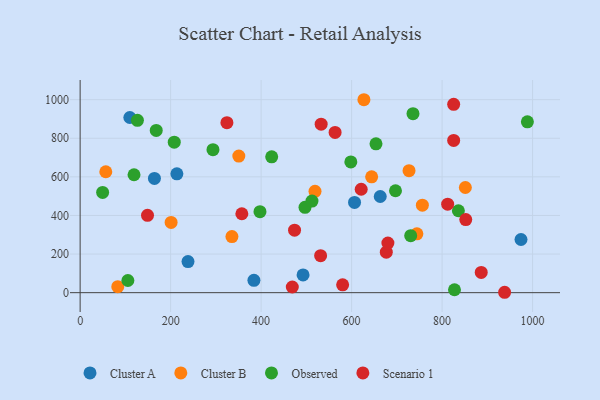
{"axis": {"x": "Engine Size", "y": "Demand"}, "legend": ["Cluster A", "Cluster B", "Observed", "Scenario 1"], "data": [{"x": "606.5", "y": 467.5, "type": "Cluster A"}, {"x": "213.8", "y": 615.6, "type": "Cluster A"}, {"x": "164.2", "y": 591.6, "type": "Cluster A"}, {"x": "663.3", "y": 498.2, "type": "Cluster A"}, {"x": "974.4", "y": 275.5, "type": "Cluster A"}, {"x": "109.8", "y": 907.4, "type": "Cluster A"}, {"x": "384.1", "y": 63.9, "type": "Cluster A"}, {"x": "238.4", "y": 161.1, "type": "Cluster A"}, {"x": "492.7", "y": 91.9, "type": "Cluster A"}, {"x": "56.7", "y": 626.4, "type": "Cluster B"}, {"x": "726.9", "y": 631.9, "type": "Cluster B"}, {"x": "83.2", "y": 31.1, "type": "Cluster B"}, {"x": "627.2", "y": 999.6, "type": "Cluster B"}, {"x": "756.4", "y": 453.5, "type": "Cluster B"}, {"x": "335.5", "y": 290.6, "type": "Cluster B"}, {"x": "350.7", "y": 707.8, "type": "Cluster B"}, {"x": "519.1", "y": 525.0, "type": "Cluster B"}, {"x": "744.3", "y": 304.7, "type": "Cluster B"}, {"x": "851.4", "y": 544.8, "type": "Cluster B"}, {"x": "644.3", "y": 600.3, "type": "Cluster B"}, {"x": "201.1", "y": 363.7, "type": "Cluster B"}, {"x": "208.0", "y": 779.6, "type": "Observed"}, {"x": "126.6", "y": 893.0, "type": "Observed"}, {"x": "49.7", "y": 519.3, "type": "Observed"}, {"x": "105.5", "y": 63.1, "type": "Observed"}, {"x": "730.6", "y": 295.2, "type": "Observed"}, {"x": "653.9", "y": 770.9, "type": "Observed"}, {"x": "397.5", "y": 419.5, "type": "Observed"}, {"x": "293.6", "y": 740.7, "type": "Observed"}, {"x": "168.2", "y": 840.4, "type": "Observed"}, {"x": "497.0", "y": 442.0, "type": "Observed"}, {"x": "988.5", "y": 885.3, "type": "Observed"}, {"x": "827.4", "y": 15.2, "type": "Observed"}, {"x": "697.0", "y": 528.0, "type": "Observed"}, {"x": "119.1", "y": 611.0, "type": "Observed"}, {"x": "512.4", "y": 474.7, "type": "Observed"}, {"x": "836.0", "y": 424.3, "type": "Observed"}, {"x": "598.3", "y": 677.3, "type": "Observed"}, {"x": "423.4", "y": 703.8, "type": "Observed"}, {"x": "735.7", "y": 927.4, "type": "Observed"}, {"x": "938.2", "y": 2.0, "type": "Scenario 1"}, {"x": "357.4", "y": 408.9, "type": "Scenario 1"}, {"x": "580.2", "y": 40.4, "type": "Scenario 1"}, {"x": "825.6", "y": 788.9, "type": "Scenario 1"}, {"x": "621.2", "y": 535.9, "type": "Scenario 1"}, {"x": "532.7", "y": 873.1, "type": "Scenario 1"}, {"x": "852.3", "y": 378.4, "type": "Scenario 1"}, {"x": "531.5", "y": 191.7, "type": "Scenario 1"}, {"x": "468.9", "y": 29.4, "type": "Scenario 1"}, {"x": "148.9", "y": 400.8, "type": "Scenario 1"}, {"x": "825.6", "y": 975.8, "type": "Scenario 1"}, {"x": "563.5", "y": 830.0, "type": "Scenario 1"}, {"x": "473.9", "y": 323.6, "type": "Scenario 1"}, {"x": "676.7", "y": 209.6, "type": "Scenario 1"}, {"x": "886.5", "y": 104.8, "type": "Scenario 1"}, {"x": "324.4", "y": 880.8, "type": "Scenario 1"}, {"x": "680.2", "y": 256.8, "type": "Scenario 1"}, {"x": "812.3", "y": 458.4, "type": "Scenario 1"}]}